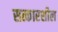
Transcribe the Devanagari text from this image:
सत्कारशील